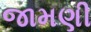
જામણી